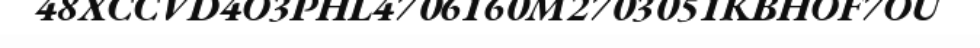
48XCCVD4O3PHL4706160M2703051KBHOF7OU